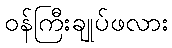
ဝန်ကြီးချုပ်ဖလား